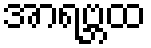
အာရဗ္ဘထ